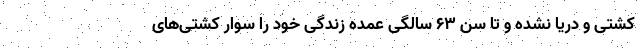
کشتی و دریا نشده و تا سن ۶۳ سالگی عمده زندگی خود را سوار کشتی‌های